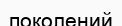
поколений